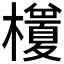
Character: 𭬭